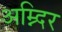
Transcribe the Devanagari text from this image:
अम्न्दिर